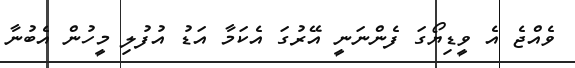
ވެެއްޖެ އެ ވީޑިޔޯގަ ފެންނަނީ އޭރުގަ އެކަމާ އަޑު އުފުލި މީހުން އެބުނާ